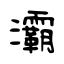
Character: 灞